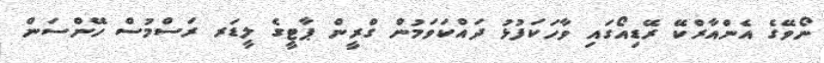
ނޯވޭގެ އެންއާރްކޭ ރޭޑިއޯގައި ވާހަކަފުޅު ދައްކަވަމުން ގްރީން ޕާޓީގެ ލީޑަރ ރަސްމުސް ހޭންސަން